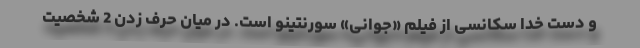
و دست خدا سکانسی از فیلم «جوانی» سورنتینو است. در میان حرف زدن 2 شخصیت